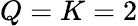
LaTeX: Q=K=2